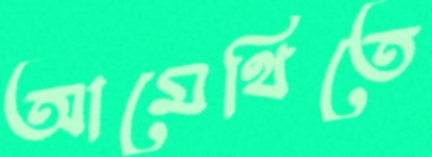
আমেথিতে